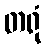
တရုံ